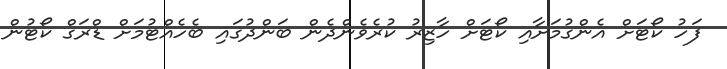
ފަހު ކޯޓަށް އެންގުމަށާއި ކޯޓަށް ހާޒިރު ކުރެވެންދެން ބަންދުގައި ބެހެއްޓުމަށް ޑްރަގް ކޯޓުން